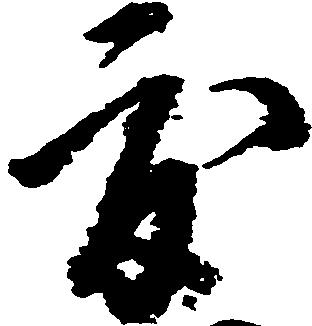
度